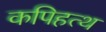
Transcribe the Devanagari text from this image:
कपिहत्थ